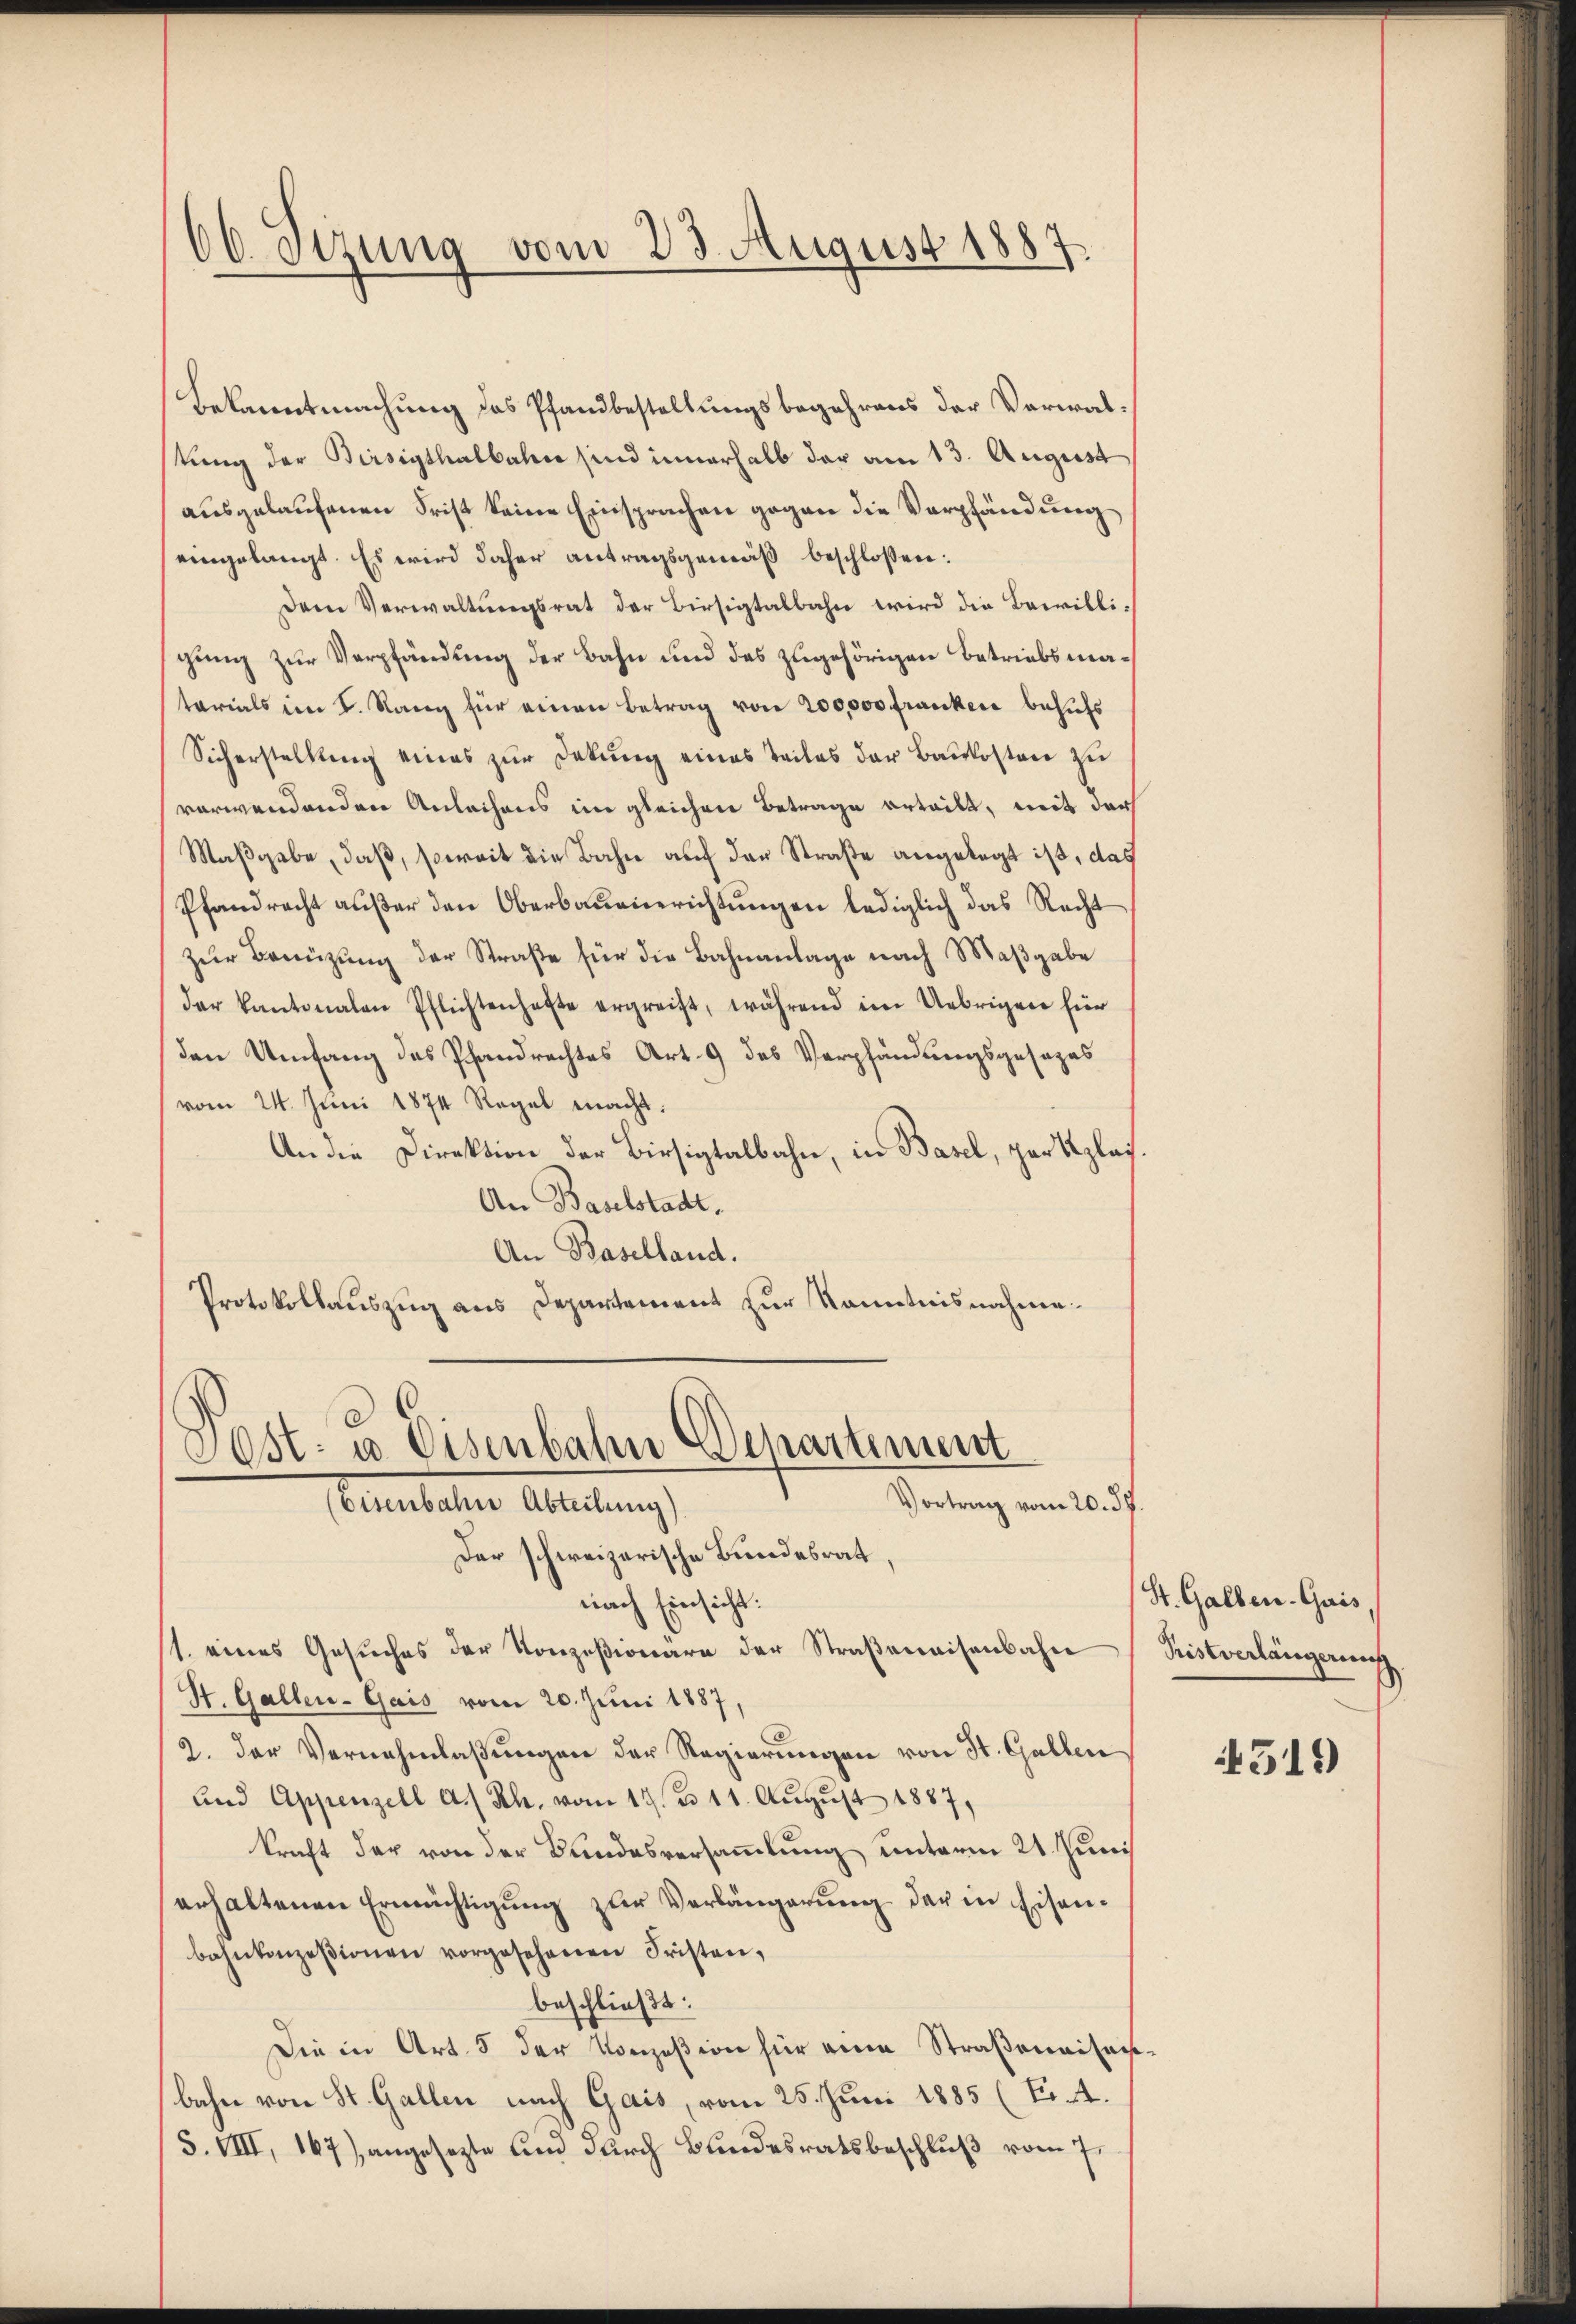
66. Verung vom 23. August 1887

Bekanntmachung das Pfandbestellungsbegehrens der Verwalstung der Birsigthalbahn sind innerhalb der am 13. August
ausgelaufenen Frist keine Einsprachen gegen die Verpfändung
eingelangt. Es wird daher antragsgemäß beschlossen:
Dem Verwaltungsrat der Birsigtalbahn wird die Bewilli-
gung zur Verpfändung der Bahn und des zugehörigen Betriebsmatarials im I. Rang für einen Betrag von 200,000 Franken behufs
Sicherstellung eines zur Dekung eines Teiles der Baukosten zu
verwendenden Anleihens im gleichen Betrage erteilt, mit der
Maßgabe, daß, soweit die Bahn auf der Straße angelegt ist, das
Pfandrecht außer den Oberbauenerichtungen lediglich das Recht
zur Benützung der Straße für die Bahnanlage nach Maßgabe
der kantonalen Pflichtenhafte ergreift, während im Uebrigen für
den Umfang des Pfandrechtes Art. 9 des Verpfändungsgesezes
vom 24. Juni 1874 Regel macht.
An die Direktion der Birsigtalbahn, in Basel, per Klas¬
An Baselstadt.
An Baselland.
Protokollauszug aus Departement zur Kenntnisnahme.

Sost- u. Eisenbahn Departiment
Vortrag vom 20. d.
(Eisenbahne Abteilung)
Der schweizerische Bundesrat,
nach Einsicht:

1. eines Gesuches der Konzesionäre der Straßerweisenbahn
St. Gallen-Gais vom 20. Juni 1887,
2. Der Vernehmlassŭngen der Regierungen von St. Gallen
und Appenzell a. Rh. vom 17. u 11. Aŭgŭst 1887,
kraft der von der Bundesversammlung unterm 21. Juni
erhaltenen Ermächtigung zur Verlängerung der in Eisenbahnkonzesionen vorgesehenen Fristen,
beschließt:
Die in Art. 5 der Konzesion hier eine Straßenaisen
bahn von St. Gallen nach Gais, vom 25. Juni 1885 (Tit.
S. VIII, 167), angesezte und durch Bundesratsbeschluß vom 7.

St. Gallen-Gais,
Pristverlängerung

319